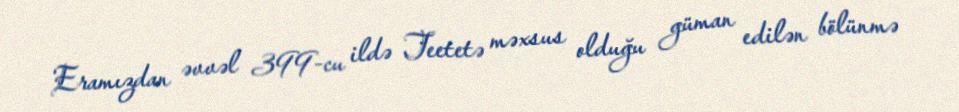
Eramızdan əvvəl 399-cu ildə Teetetə məxsus olduğu güman edilən bölünmə